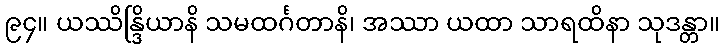
၉၄။ ယဿိန္ဒြိယာနိ သမထင်္ဂတာနိ၊ အဿာ ယထာ သာရထိနာ သုဒန္တာ။